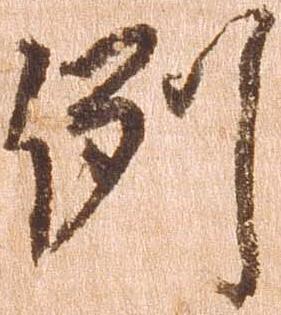
例